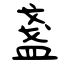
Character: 盞